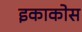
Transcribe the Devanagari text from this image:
इकाकोस